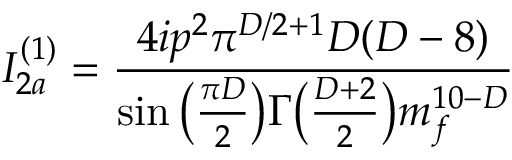
I _ { 2 a } ^ { ( 1 ) } = \frac { 4 i p ^ { 2 } \pi ^ { D / 2 + 1 } D ( D - 8 ) } { \sin \big ( \frac { \pi D } { 2 } \big ) \Gamma \big ( \frac { D + 2 } { 2 } \big ) m _ { f } ^ { 1 0 - D } }